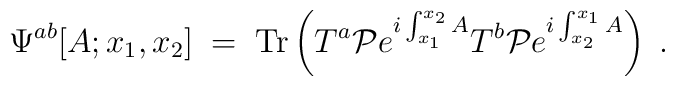
\Psi^{ab}[A;x_1,x_2] \; = \; {\rm Tr}\left( T^a{\cal P}e^{i\int_{x_1}^{x_2}A}T^b{\cal P}e^{i\int_{x_2}^{x_1}A} \right) \; .